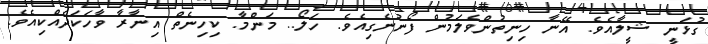
ގުޅަނީ ޝީލާއެވެ. އޭނާ ހިނިތުންވެލަމުން ފޯނުނެގިއެވެ. ހަލޯ.. މަންމާ. ކިހިނެތް އިނާރާ ވާހަކަދެއްކިއެވެ.